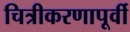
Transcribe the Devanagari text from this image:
चित्रीकरणापूर्वी